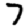
Digit: 7